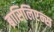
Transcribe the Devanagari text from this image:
ब्रासिलिएन्स